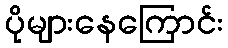
ပိုများနေကြောင်း